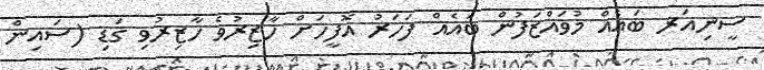
ސީނިއަރ ބައެއް މުވައްޒަފުން ބައެއް ފަހަރު އޮފީހަށް ހާޒިރުވެ ހާޒިރުވި ގަޑި (ސައިން